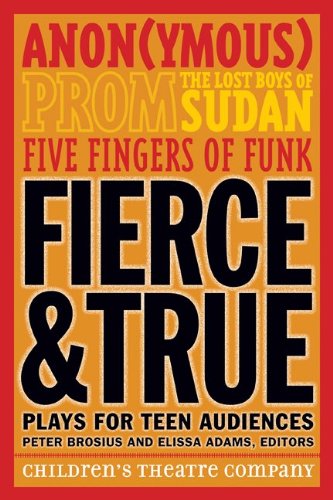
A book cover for Fierce and True: Plays for Teen Audiences; ChildrenEEs Theatre Company; Literature & Fiction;